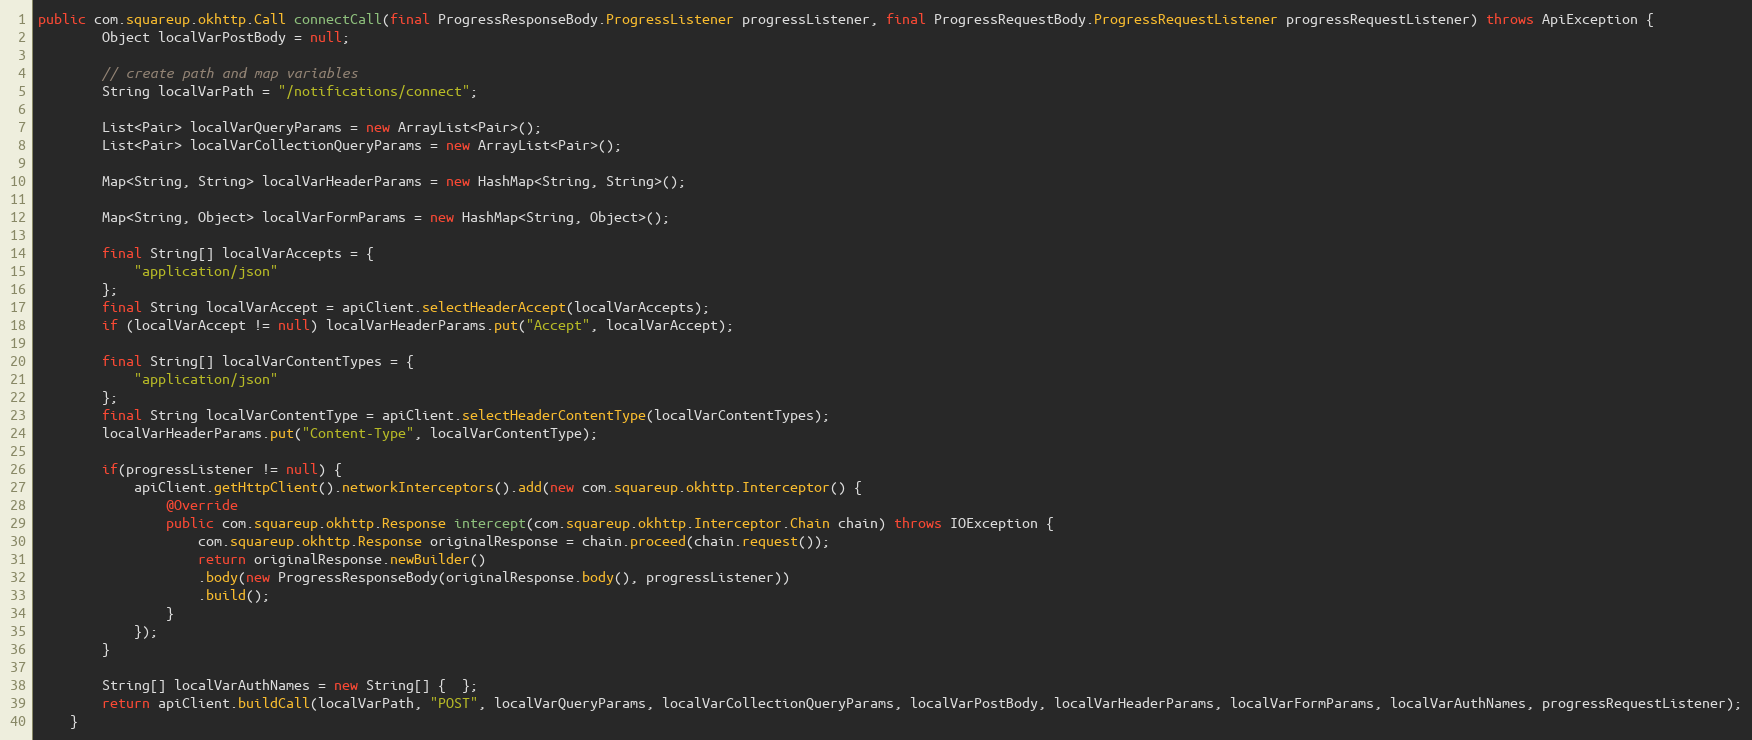
Language: Java
public com.squareup.okhttp.Call connectCall(final ProgressResponseBody.ProgressListener progressListener, final ProgressRequestBody.ProgressRequestListener progressRequestListener) throws ApiException {
        Object localVarPostBody = null;

        // create path and map variables
        String localVarPath = "/notifications/connect";

        List<Pair> localVarQueryParams = new ArrayList<Pair>();
        List<Pair> localVarCollectionQueryParams = new ArrayList<Pair>();

        Map<String, String> localVarHeaderParams = new HashMap<String, String>();

        Map<String, Object> localVarFormParams = new HashMap<String, Object>();

        final String[] localVarAccepts = {
            "application/json"
        };
        final String localVarAccept = apiClient.selectHeaderAccept(localVarAccepts);
        if (localVarAccept != null) localVarHeaderParams.put("Accept", localVarAccept);

        final String[] localVarContentTypes = {
            "application/json"
        };
        final String localVarContentType = apiClient.selectHeaderContentType(localVarContentTypes);
        localVarHeaderParams.put("Content-Type", localVarContentType);

        if(progressListener != null) {
            apiClient.getHttpClient().networkInterceptors().add(new com.squareup.okhttp.Interceptor() {
                @Override
                public com.squareup.okhttp.Response intercept(com.squareup.okhttp.Interceptor.Chain chain) throws IOException {
                    com.squareup.okhttp.Response originalResponse = chain.proceed(chain.request());
                    return originalResponse.newBuilder()
                    .body(new ProgressResponseBody(originalResponse.body(), progressListener))
                    .build();
                }
            });
        }

        String[] localVarAuthNames = new String[] {  };
        return apiClient.buildCall(localVarPath, "POST", localVarQueryParams, localVarCollectionQueryParams, localVarPostBody, localVarHeaderParams, localVarFormParams, localVarAuthNames, progressRequestListener);
    }